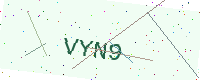
Text: VYN9